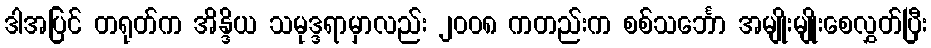
ဒါအပြင် တရုတ်က အိန္ဒိယ သမုဒ္ဒရာမှာလည်း ၂၀၀၈ ကတည်းက စစ်သင်္ဘော အမျိုးမျိုးစေလွှတ်ပြီး